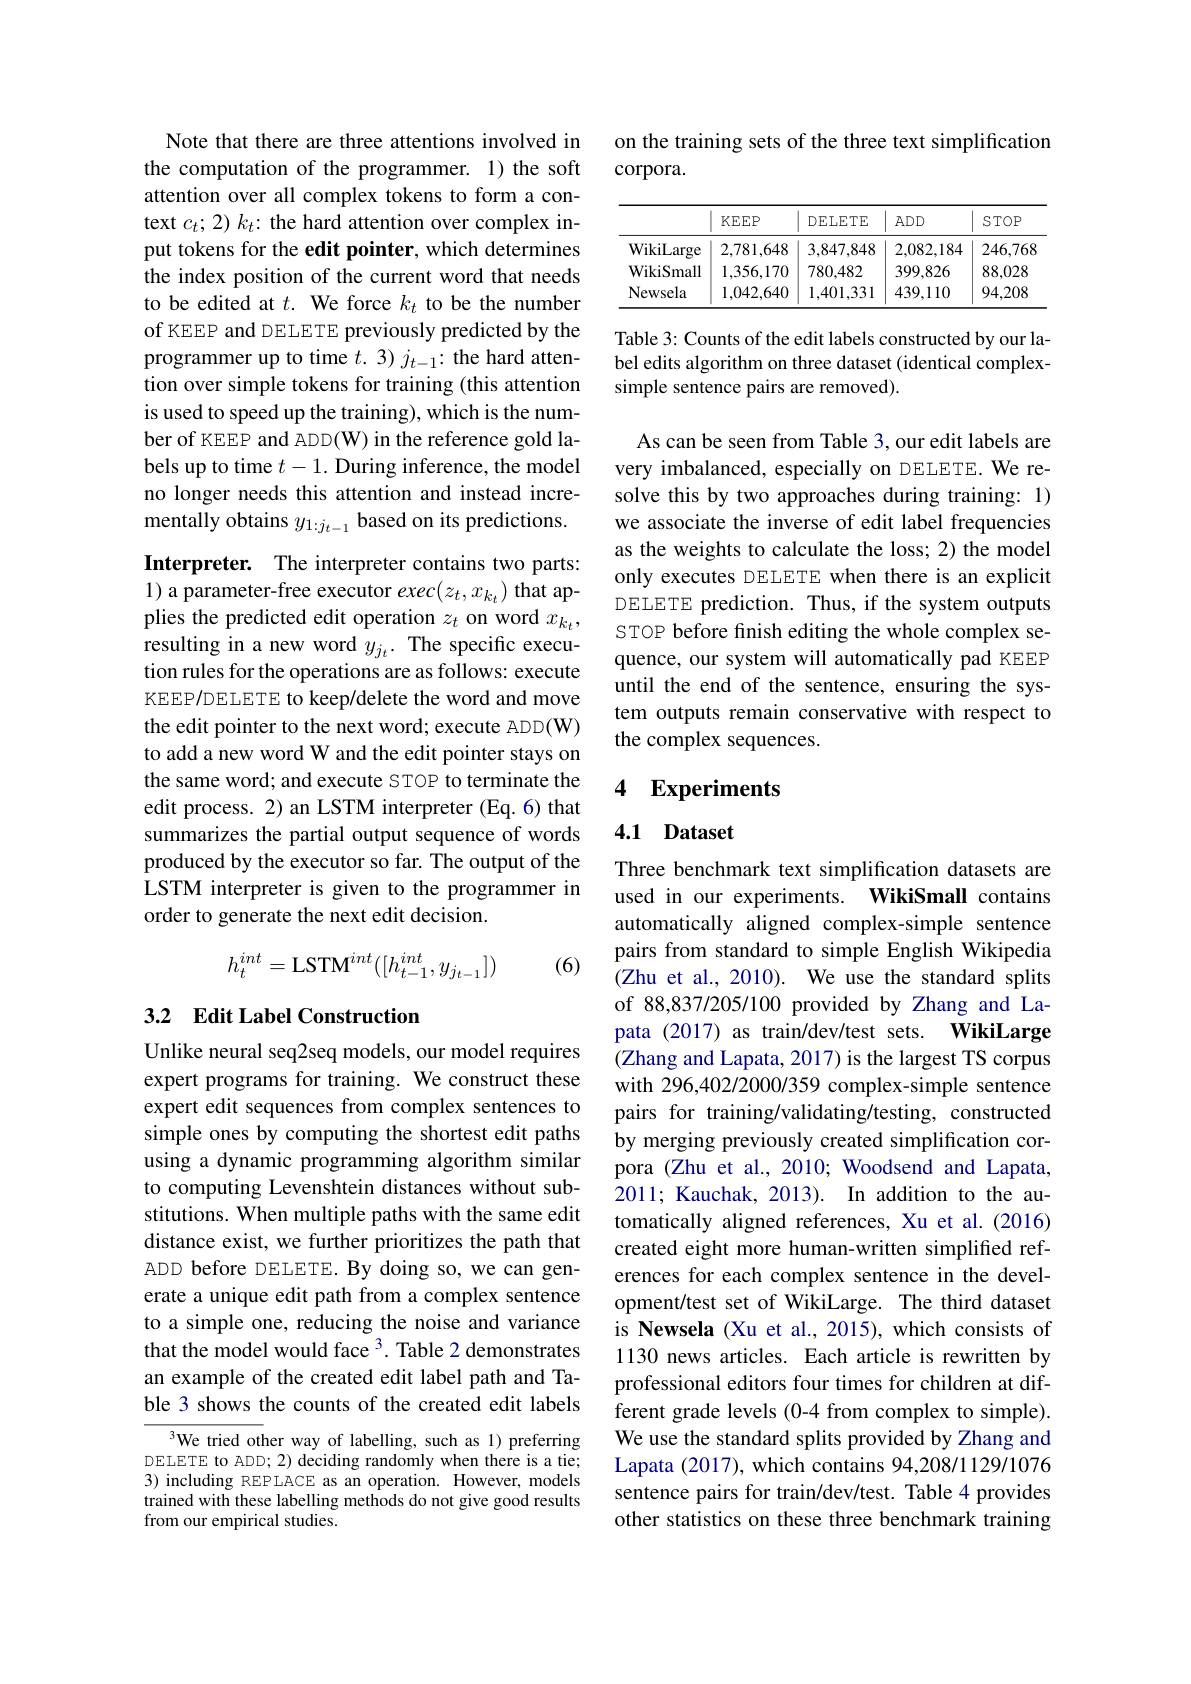
Note that there are three attentions involved in the computation of the programmer. 1) the soft attention over all complex tokens to form a context $c_{t};2)k_{t}$: the hard attention over complex input tokens for the edit pointer, which determines the index position of the current word that needs to be edited at $t.$ We force $k_t$ to be the number of KEEP and DELETE previously predicted by the programmer up to time $t.3)j_t-1:$ the hard attention over simple tokens for training (this attention is used to speed up the training), which is the number of KEEP and ADD(W) in the reference gold labels up to time $t-1.$ During inference, the model no longer needs this attention and instead incrementally obtains $y_{1:j_{t-1}}$ based on its predictions.

Interpreter. The interpreter contains two parts: 1) a parameter-free executor $exec(z_t,x_{k_t})$ that applies the predicted edit operation $z_t$ on word $x_k_t$, resulting in a new word $y_{j_t}.$ The specific execution rules for the operations are as follows: execute KEEP/DELETE to keep/delete the word and move the edit pointer to the next word; execute ADD(W) to add a new word W and the edit pointer stays on the same word; and execute STOP to terminate the edit process. 2) an LSTM interpreter (Eq. 6) that summarizes the partial output sequence of words produced by the executor so far. The output of the LSTM interpreter is given to the programmer in order to generate the next edit decision.
$$h_t^{int}=\mathrm{LSTM}^{int}([h_{t-1}^{int},y_{j_{t-1}}])$$
(6)

## 3.2 Edit Label Construction

Unlike neural seq2seq models, our model requires expert programs for training. We construct these expert edit sequences from complex sentences to simple ones by computing the shortest edit paths using a dynamic programming algorithm similar to computing Levenshtein distances without substitutions. When multiple paths with the same edit distance exist, we further prioritizes the path that ADD before DELETE. By doing so, we can generate a unique edit path from a complex sentence to a simple one, reducing the noise and variance that the model would face 3. Table 2 demonstrates an example of the created edit label path and Table 3 shows the counts of the created edit labels

We tried other way of labelling, such as 1) preferring DELETE to ADD; 2) deciding randomly when there is a tie; 3) including REPLACE as an operation. However, models trained with these labelling methods do not give good results from our empirical studies.

on the training sets of the three text simplification
corpora.

<table>
	<tbody>
		<tr>
			<th> </th>
			<th>$KEEP$</th>
			<th>DELETE</th>
			<th>$ADD$</th>
			<th>$STOP$</th>
		</tr>
		<tr>
			<td>WikiLarge</td>
			<td>2,781,648</td>
			<td>3,847,848</td>
			<td>2,082,184</td>
			<td>246,768</td>
		</tr>
		<tr>
			<td>WikiSmall</td>
			<td>1,356,170</td>
			<td>780,482</td>
			<td>399,826</td>
			<td>88,028</td>
		</tr>
		<tr>
			<td>Newsela</td>
			<td>1,042,640</td>
			<td>1,401,331</td>
			<td>439,110</td>
			<td>94,208</td>
		</tr>
	</tbody>
</table>

Table 3: Counts of the edit labels constructed by our label edits algorithm on three dataset (identical complexsimple sentence pairs are removed).

As can be seen from Table 3, our edit labels are very imbalanced, especially on DELETE. We resolve this by two approaches during training: 1) we associate the inverse of edit label frequencies as the weights to calculate the loss; 2) the model only executes DELETE when there is an explicit DELETE prediction. Thus, if the system outputs STOP before fnish editing the whole complex sequence, our system will automatically pad KEEP until the end of the sentence, ensuring the system outputs remain conservative with respect to the complex sequences.

### 4 $\mathbf{Experiments}$

## 4.1 Dataset

Three benchmark text simplification datasets are used in our experiments. WikiSmall contains automatically aligned complex-simple sentence pairs from standard to simple English Wikipedia (Zhu et al., 2010). We use the standard splits of 88,837/205/100 provided by Zhang and Lapata (2017) as train/dev/test sets. WikiLarge (Zhang and Lapata, 2017) is the largest TS corpus with 296,402/2000/359 complex-simple sentence pairs for training/validating/testing, constructed by merging previously created simplification corpora (Zhu et al., 2010; Woodsend and Lapata, 2011; Kauchak, 2013). In addition to the automatically aligned references, Xu et al.(2016) created eight more human-written simplified references for each complex sentence in the development/test set of WikiLarge. The third dataset is Newsela (Xu et al., 2015), which consists of 1130 news articles. Each article is rewritten by professional editors four times for children at different grade levels (0-4 from complex to simple). We use the standard splits provided by Zhang and Lapata (2017), which contains 94,208/1129/1076 sentence pairs for train/dev/test. Table 4 provides other statistics on these three benchmark training